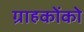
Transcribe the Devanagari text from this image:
ग्राहकोंको